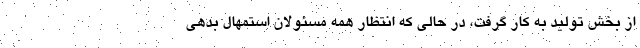
از بخش تولید به کار گرفت، در حالی که انتظار همه مسئولان استمهال بدهی